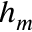
h _ { m }